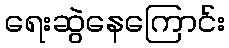
ရေးဆွဲနေကြောင်း